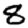
Digit: 8